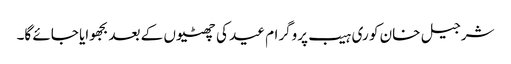
شرجیل خان کو ری ہیب پروگرام عید کی چھٹیوں کے بعد بجھوایا جائے گا۔